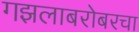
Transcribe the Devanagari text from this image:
गझलाबरोबरचा